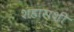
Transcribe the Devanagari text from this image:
शहाराशी